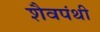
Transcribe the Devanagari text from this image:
शैवपंथी